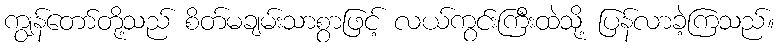
ကျွန်တော်တို့သည် စိတ်မချမ်းသာစွာဖြင့် လယ်ကွင်းကြီးထဲသို့ ပြန်လာခဲ့ကြသည်။